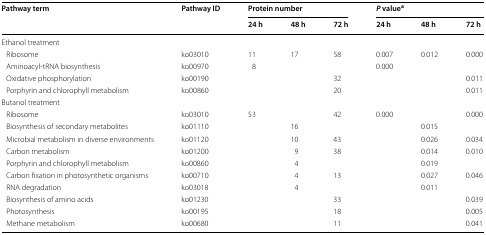
<table><thead><tr><td rowspan="2"><b>Pathway term</b></td><td rowspan="2"><b>Pathway ID</b></td><td colspan="3"><b>Protein number</b></td><td colspan="3"><b><i>P</i> value<sup>a</sup></b></td></tr><tr><td><b>24 h</b></td><td><b>48 h</b></td><td><b>72 h</b></td><td><b>24 h</b></td><td><b>48 h</b></td><td><b>72 h</b></td></tr></thead><tbody><tr><td colspan="8">Ethanol treatment</td></tr><tr><td> Ribosome</td><td>ko03010</td><td>11</td><td>17</td><td>58</td><td>0.007</td><td>0.012</td><td>0.000</td></tr><tr><td> Aminoacyl-tRNA biosynthesis</td><td>ko00970</td><td>8</td><td></td><td></td><td>0.000</td><td></td><td></td></tr><tr><td> Oxidative phosphorylation</td><td>ko00190</td><td></td><td></td><td>32</td><td></td><td></td><td>0.011</td></tr><tr><td> Porphyrin and chlorophyll metabolism</td><td>ko00860</td><td></td><td></td><td>20</td><td></td><td></td><td>0.011</td></tr><tr><td colspan="8">Butanol treatment</td></tr><tr><td> Ribosome</td><td>ko03010</td><td>53</td><td></td><td>42</td><td>0.000</td><td></td><td>0.000</td></tr><tr><td> Biosynthesis of secondary metabolites</td><td>ko01110</td><td></td><td>16</td><td></td><td></td><td>0.015</td><td></td></tr><tr><td> Microbial metabolism in diverse environments</td><td>ko01120</td><td></td><td>10</td><td>43</td><td></td><td>0.026</td><td>0.034</td></tr><tr><td> Carbon metabolism</td><td>ko01200</td><td></td><td>9</td><td>38</td><td></td><td>0.014</td><td>0.010</td></tr><tr><td> Porphyrin and chlorophyll metabolism</td><td>ko00860</td><td></td><td>4</td><td></td><td></td><td>0.019</td><td></td></tr><tr><td> Carbon fixation in photosynthetic organisms</td><td>ko00710</td><td></td><td>4</td><td>13</td><td></td><td>0.027</td><td>0.046</td></tr><tr><td> RNA degradation</td><td>ko03018</td><td></td><td>4</td><td></td><td></td><td>0.011</td><td></td></tr><tr><td> Biosynthesis of amino acids</td><td>ko01230</td><td></td><td></td><td>33</td><td></td><td></td><td>0.039</td></tr><tr><td> Photosynthesis</td><td>ko00195</td><td></td><td></td><td>18</td><td></td><td></td><td>0.005</td></tr><tr><td> Methane metabolism</td><td>ko00680</td><td></td><td></td><td>11</td><td></td><td></td><td>0.041</td></tr></tbody></table>